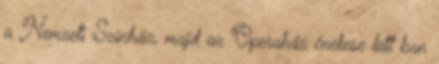
a Nemzeti Színház, majd az Operaház énekese lett ban